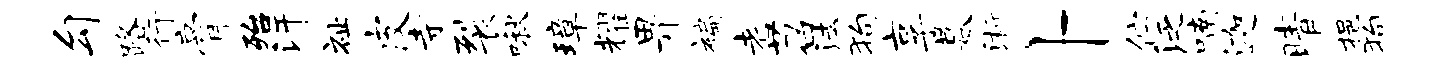
勾路行膏殆汗祉皮寺裂啾璋耀畀褊老苕法狗享暮浙卜伫泛喃迦晴挹狗